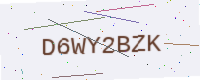
Text: D6WY2BZK